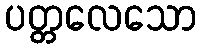
ပတ္တလေသော